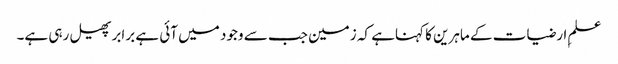
علمِ ارضیات کے ماہرین کا کہناہے کہ زمین جب سے وجود میں آئی ہے برابرپھیل رہی ہے۔